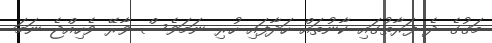
މަގުގެ ދެ ފަރާތުގައި ކާނުތައް ހަދާފައި ހުރި ނަމަވެސް ވާރޭ ވެހިއްޖެ ނަމަ